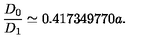
\frac { D _ { 0 } } { D _ { 1 } } \simeq 0 . 4 1 7 3 4 9 7 7 0 a .